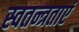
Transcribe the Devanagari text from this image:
स्वतन्त्रताएं